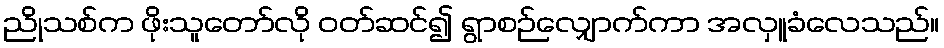
ညိုသစ်က ဖိုးသူတော်လို ဝတ်ဆင်၍ ရွာစဉ်လျှောက်ကာ အလှူခံလေသည်။